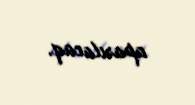
aparılacaq.